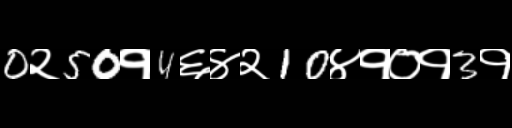
Text: 0२50१4६४२10४१०१3१